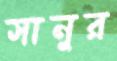
সানুর